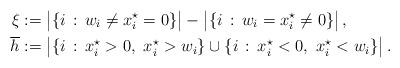
LaTeX: \begin{align*}\xi &:= \big|\{i\,:\, w_i \neq x_i^\star = 0\}\big| - \big|\{i\,:\, w_i = x_i^\star \neq 0\}\big|\,, \\\overline{h} &:= \big|\{i\,:\, x_i^\star > 0, \,\,x_i^\star > w_i\} \cup \{i\,:\, x_i^\star < 0, \,\,x_i^\star < w_i\} \big|\,. \end{align*}